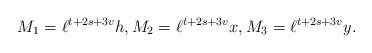
LaTeX: \begin{align*}M_1=\ell^{t+2s+3v} h, M_2=\ell^{t+2s+3v}x, M_3=\ell^{t+2s+3v} y.\end{align*}